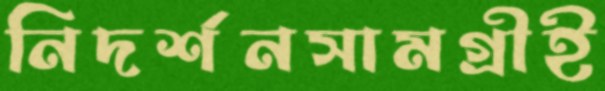
নিদর্শনসামগ্রীই